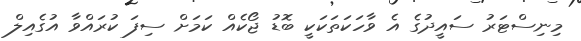
މިނިސްޓަރު ސައީދުގެ އެ ވާހަކަތަކަކީ ބޮޑު ޖޯކެއް ކަމަށް ސިފަ ކުރައްވާ އުގެއިލް